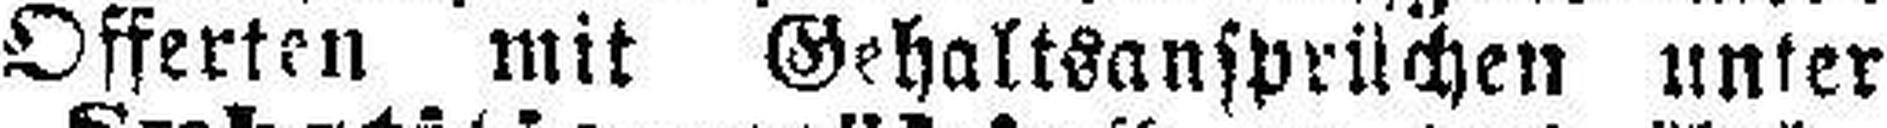
Offerten mit Gehaltsansprüchen unter